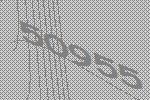
50955